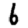
Digit: 6